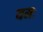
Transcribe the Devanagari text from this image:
यमः